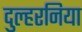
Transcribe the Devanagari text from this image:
दुल्हरनिया